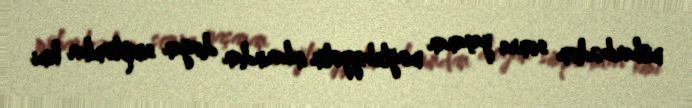
müharibədən sonra yaşanan məğlubiyyətin inkarından doğan simptomlar kimi